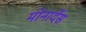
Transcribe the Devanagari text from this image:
मोनार्देस